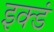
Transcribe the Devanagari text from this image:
इक्डं